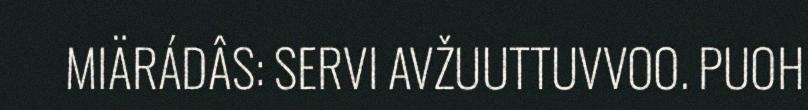
MIÄRÁDÂS: SERVI AVŽUUTTUVVOO. PUOH